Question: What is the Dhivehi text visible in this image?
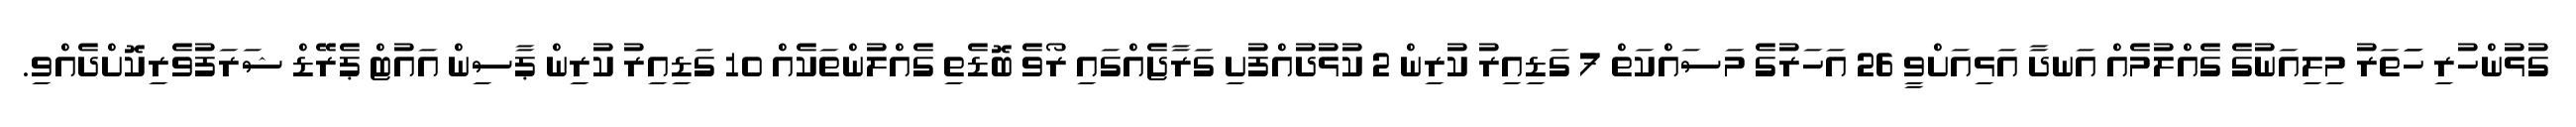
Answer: ގުޅުންހުރި ހަަތަރު މިލިއަނުގެ ގެއްލުމެއް އަނދާ އަޅިއަށްވީ 26 އަހަރުގެ މަސައްކަތް 7 ގަޑިއިރު ކުރިން 2 ކުޅުދުއްފުށި ގަރާޖެއްގައި ރޯވެ ބޮޑެތި ގެއްލުންތަކެއް 10 ގަޑިއިރު ކުރިން ޕާސިން އައުޓް ޕެރޭޑް ޝަރަފުވެރިކޮށްދެއްވި.